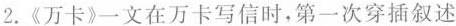
2.《万卡》一文在万卡写信时，第一次穿插叙述